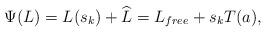
LaTeX: \begin{align*}\Psi(L) =L(s_k)+\widehat L=L_{free}+s_kT (a),\end{align*}